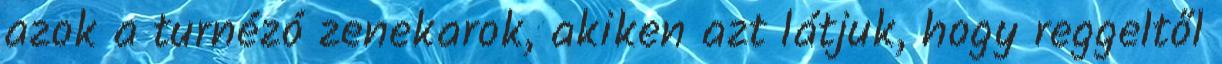
azok a turnézó zenekarok, akiken azt látjuk, hogy reggeltől